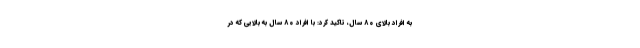
به افراد بالای ۸۰ سال، تاکید کرد: با افراد ۸۰ سال به بالایی که در